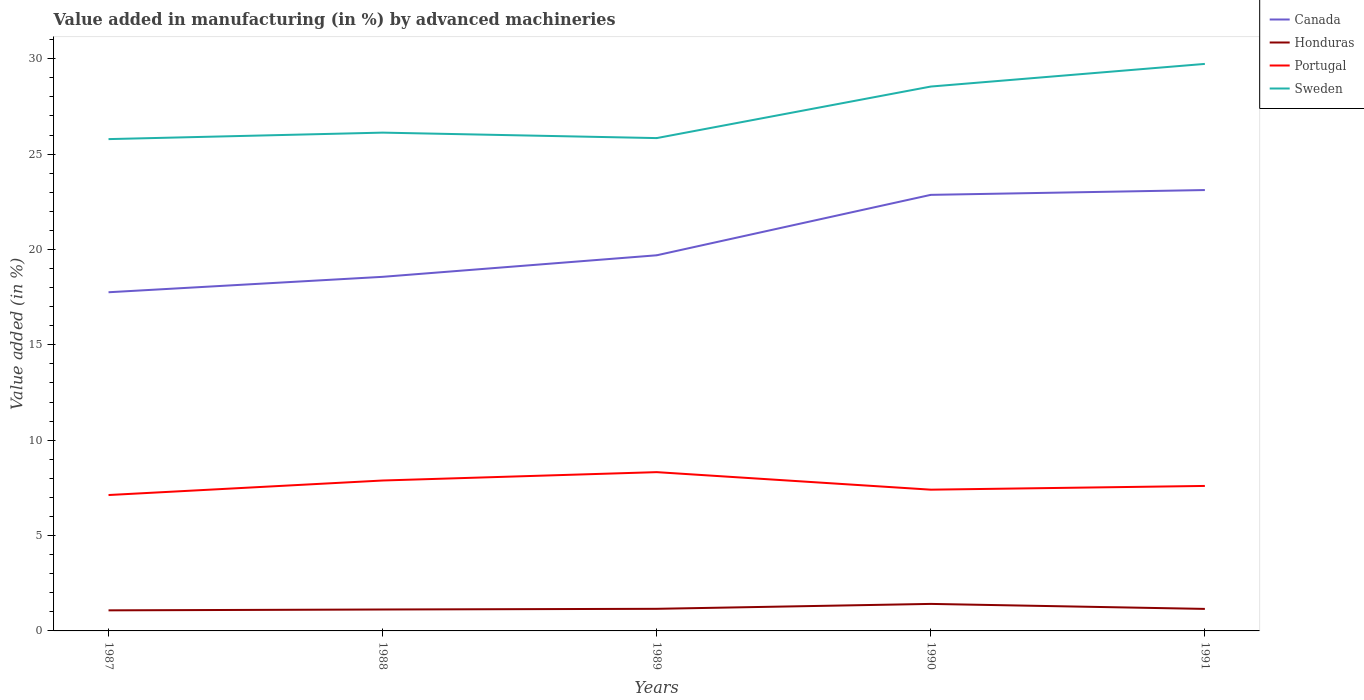
| Years | Canada | Honduras | Portugal | Sweden |
 | --- | --- | --- | --- | --- |
 | 1987 | 17.8 | 1.08 | 7.13 | 25.8 |
 | 1988 | 18.6 | 1.12 | 7.89 | 26.1 |
 | 1989 | 19.7 | 1.16 | 8.33 | 25.8 |
 | 1990 | 22.9 | 1.42 | 7.41 | 28.5 |
 | 1991 | 23.1 | 1.15 | 7.6 | 29.7 |